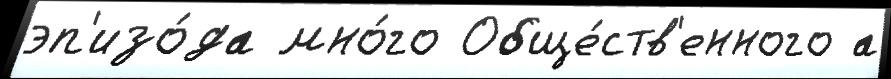
эп'изо́да мно́го Обще́ств'енного а